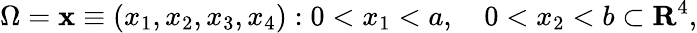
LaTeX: \Omega={{\mathbf x}\equiv(x_{1},x_{2},x_{3},x_{4}):0<x_{1}<a,\quad 0<x_{2}<b}\subset{\mathbf R}^{4},